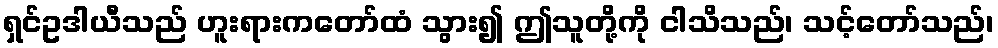
ရှင်ဥဒါယီသည် ဟူးရားကတော်ထံ သွား၍ ဤသူတို့ကို ငါသိသည်၊ သင့်တော်သည်၊